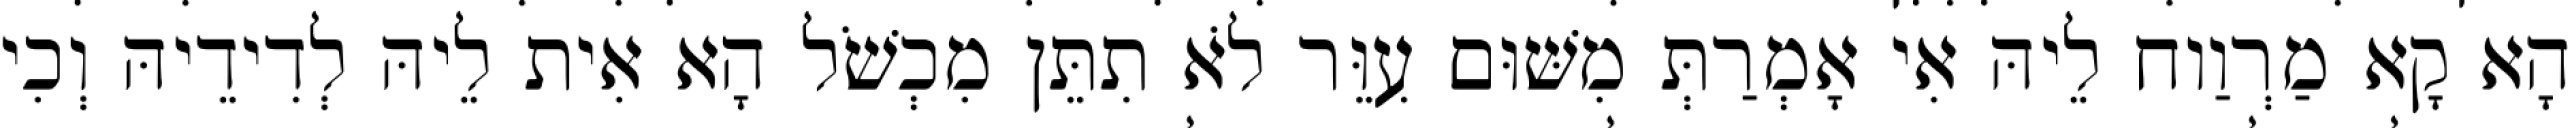
הָא קָא מַרְוַוח לֵיהּ אִי אָמְרַתְּ מִשּׁוּם עִוֵּר לֹא תִתֵּן מִכְשֹׁל הָא אִית לֵיהּ לְדִידֵיהּ וְכִי